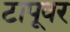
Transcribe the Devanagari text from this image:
टापूवर